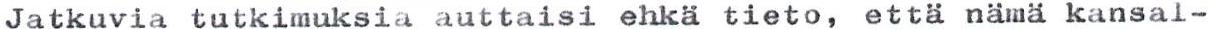
Jatkuvia tutkimuksia auttaisi ehkä tieto, että nämä kansal-